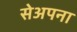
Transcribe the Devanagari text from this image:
सेअपना